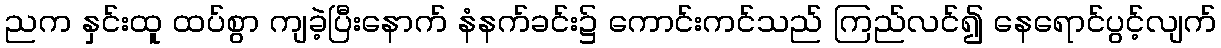
ညက နှင်းထူ ထပ်စွာ ကျခဲ့ပြီးနောက် နံနက်ခင်း၌ ကောင်းကင်သည် ကြည်လင်၍ နေရောင်ပွင့်လျက်